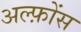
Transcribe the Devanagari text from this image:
अल्फ़ोंस